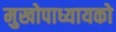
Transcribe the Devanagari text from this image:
मुखोपाध्यायको